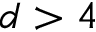
d > 4